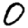
Digit: 0